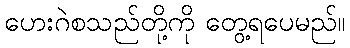
ဟေးဂဲစသည်တို့ကို တွေ့ရပေမည်။